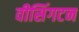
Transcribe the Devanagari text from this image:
वीसिंगटन